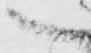
へ